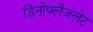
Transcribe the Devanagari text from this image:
डिनोफ्लैजलेट